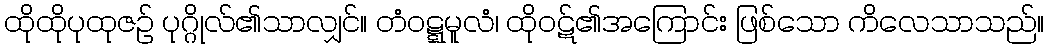
ထိုထိုပုထုဇဉ် ပုဂ္ဂိုလ်၏သာလျှင်။ တံဝဋ္ဋမူလံ၊ ထိုဝဋ်၏အကြောင်း ဖြစ်သော ကိလေသာသည်။